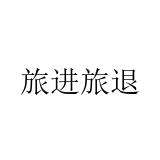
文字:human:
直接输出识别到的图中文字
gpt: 旅进旅退